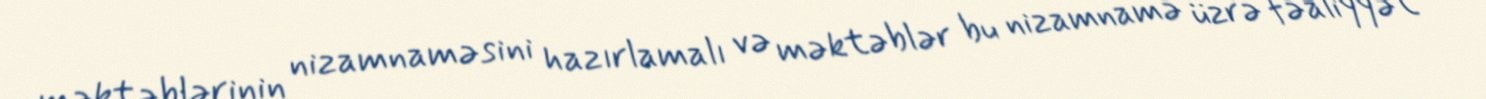
məktəblərinin nizamnaməsini hazırlamalı və məktəblər bu nizamnamə üzrə fəaliyyət